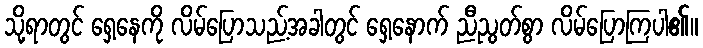
သို့ရာတွင် ရှေ့နေကို လိမ်ပြောသည့်အခါတွင် ရှေ့နောက် ညီညွတ်စွာ လိမ်ပြောကြပါ၏။